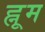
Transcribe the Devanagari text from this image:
ह्नूम